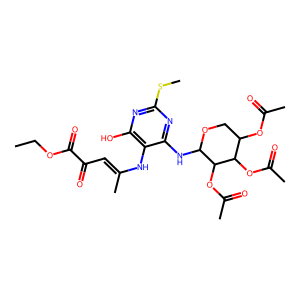
SMILES: CCOC(=O)C(=O)C=C(C)Nc1c(O)nc(SC)nc1NC1OCC(OC(C)=O)C(OC(C)=O)C1OC(C)=O
Inhibits HIV replication: No